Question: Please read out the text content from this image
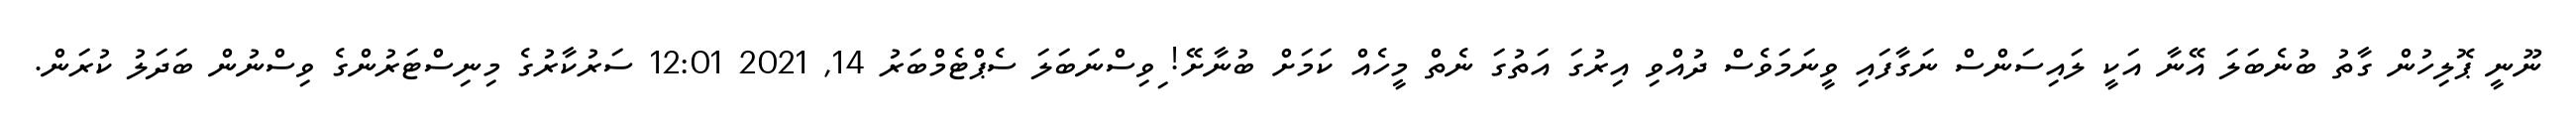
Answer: ނޫނީ ޕޮލިހުން ގާތު ބުނެބަލަ އޭނާ އަކީ ލައިސަންސް ނަގާފައި ވީނަމަވެސް ދުއްވި އިރުގަ އަތުގަ ނެތް މީހެއް ކަމަށް ބުނާށޭ! ިވިސްނަބަލަ ސެޕްޓެމްބަރު 14, 2021 12:01 ސަރުކާރުގެ މިނިސްޓަރުންގެ ވިސްނުން ބަދަލު ކުރަން.